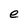
Character: e